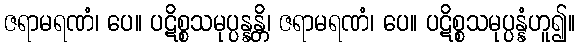
ဇရာမရဏံ၊ ပေ။ ပဋိစ္စသမုပ္ပန္နန္တိ၊ ဇရာမရဏံ၊ ပေ။ ပဋိစ္စသမုပ္ပန္နံဟူ၍။